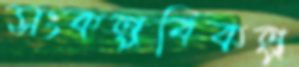
সংকল্পবিকল্প